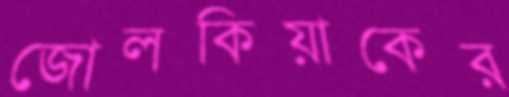
জোলকিয়াকের